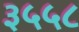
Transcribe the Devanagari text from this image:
३५५८